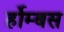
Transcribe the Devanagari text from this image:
र्होम्बस